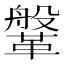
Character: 鞶